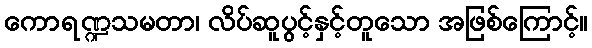
ကောရဏ္ဍသမတာ၊ လိပ်ဆူပွင့်နှင့်တူသော အဖြစ်ကြောင့်။